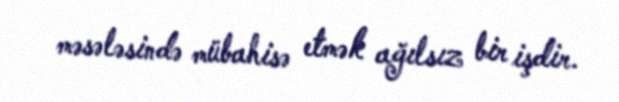
məsələsində mübahisə etmək ağılsız bir işdir.